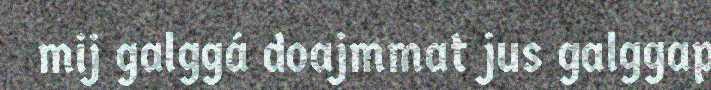
mij galggá doajmmat jus galggap